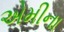
એમીના